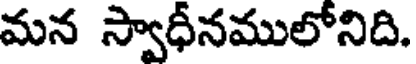
మన స్వాధీనములోనిది.